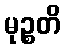
မုဉ္စတိ